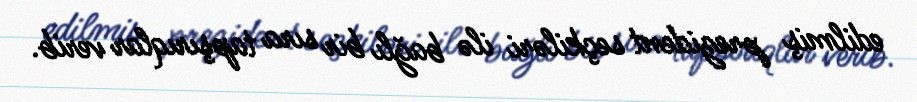
edilmiş prezident seçkiləri ilə bağlı bir sıra tapşırıqlar verib.